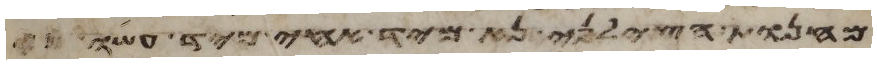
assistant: מחנות הצלני נא מיד אחי מיד עשו כי